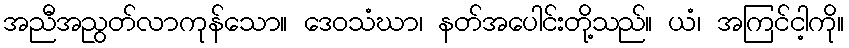
အညီအညွတ်လာကုန်သော။ ဒေဝသံဃာ၊ နတ်အပေါင်းတို့သည်။ ယံ၊ အကြင်ငါ့ကို။